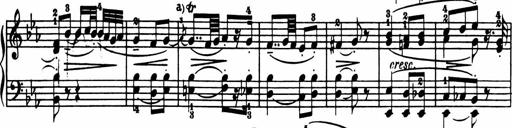
Title: Sonatina in G major
Composer: Friedrich Kuhlau
Key: G major